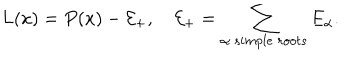
L ( x ) = P ( x ) - { \cal E } _ { + } , \quad { \cal E } _ { + } = \sum _ { \alpha \ s i m p l e \ r o o t s } E _ { \alpha } .